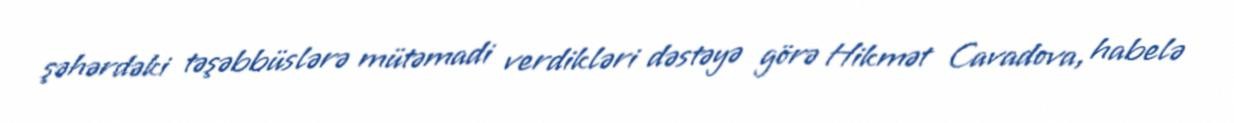
şəhərdəki təşəbbüslərə mütəmadi verdikləri dəstəyə görə Hikmət Cavadova, habelə